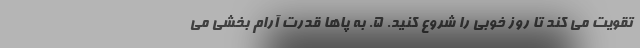
تقویت می کند تا روز خوبی را شروع کنید. 5. به پاها قدرت آرام بخشی می